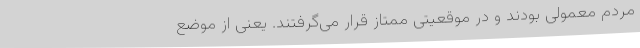
مردم معمولی بودند و در موقعیتی ممتاز قرار می‌گرفتند. یعنی از موضع